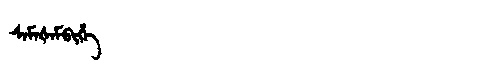
Manchu: ᠰᠠᠮᠠᡧᠠᠮᠪᡳᡥᡝ
Romanization: SAMAŠAMBIHE